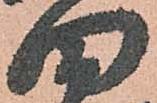
田